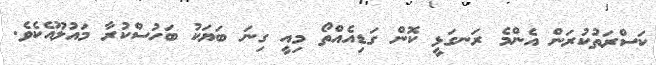
ކަސްރަތުކުރަން އެންމެ ރަނގަޅީ ކޮން ގަޑިއެއްތޯ މިއީ ގިނަ ބަޔަކު ބަހުސްކުރާ މައުލޫއެކެވެ.